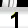
Digit: 1